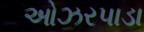
ઓઝરપાડા